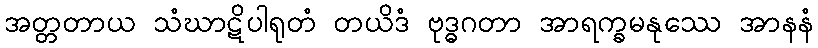
အတ္တတာယ သံဃာဋိပါရုတံ တယိဒံ ဗုဒ္ဓဂတာ အာရက္ခမနုဿေ အာနနံ